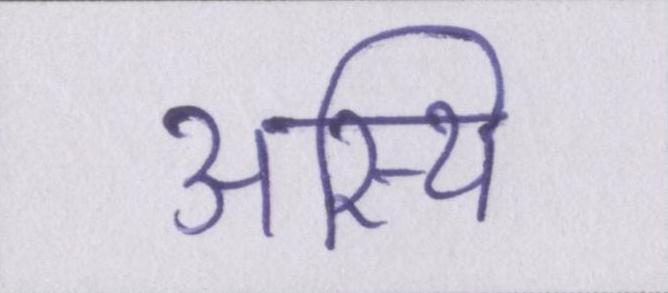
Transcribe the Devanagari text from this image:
अस्थि